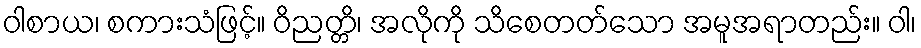
ဝါစာယ၊ စကားသံဖြင့်။ ဝိညတ္တိ၊ အလိုကို သိစေတတ်သော အမူအရာတည်း။ ဝါ၊